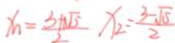
x _ { 1 } = \frac { 3 + \sqrt { 5 } } { 2 } x _ { 2 } = \frac { 3 - \sqrt { 5 } } { 2 }